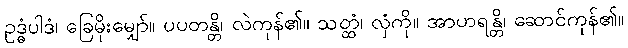
ဥဒ္ဓံပါဒံ၊ ခြေမိုးမျှော်။ ပပတန္တိ၊ လဲကုန်၏။ သတ္ထံ၊ လှံကို။ အာဟရန္တိ၊ ဆောင်ကုန်၏။